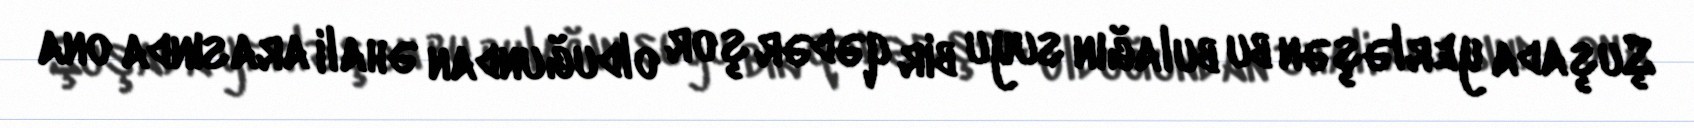
Şuşada yerləşən bu bulağın suyu bir qədər şor olduğundan əhali arasında ona